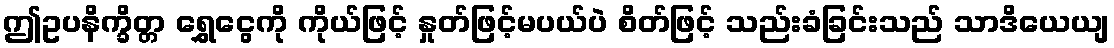
ဤဥပနိက္ခိတ္တ ရွှေငွေကို ကိုယ်ဖြင့် နှုတ်ဖြင့်မပယ်ပဲ စိတ်ဖြင့် သည်းခံခြင်းသည် သာဒိယေယျ